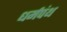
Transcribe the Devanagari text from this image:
धर्मपंथ